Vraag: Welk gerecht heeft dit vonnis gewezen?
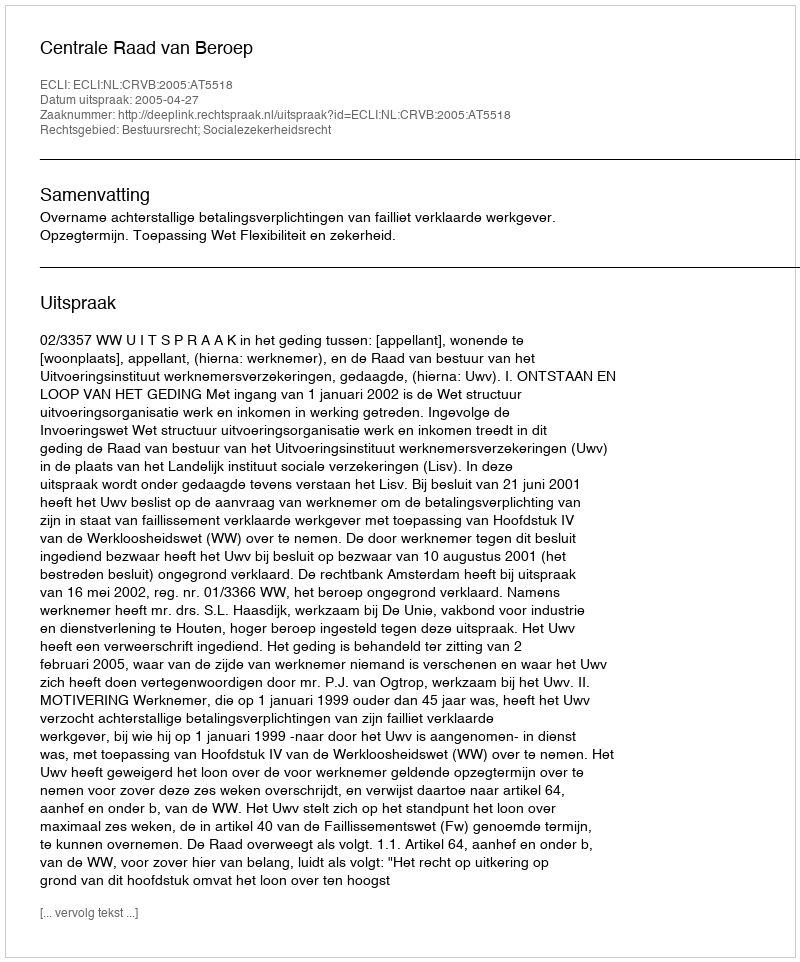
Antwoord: Centrale Raad van Beroep